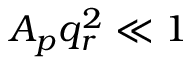
A _ { p } q _ { r } ^ { 2 } \ll 1